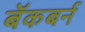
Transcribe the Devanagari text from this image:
बॅकबर्न